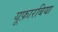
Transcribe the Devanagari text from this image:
यूफ़ारबिया